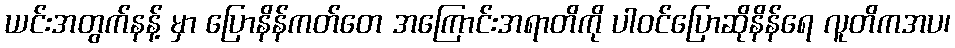
ယင်းအတွက်နန့် မှာ ပြောနိန်ကတ်တေ အကြောင်းအရာတိကို ပါဝင်ပြောဆိုနိန်ရေ လူတိကအပ၊